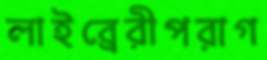
লাইব্রেরীপরাগ